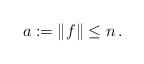
LaTeX: \begin{align*}a:= \|f\|\le n\, .\end{align*}